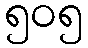
၅၀၅